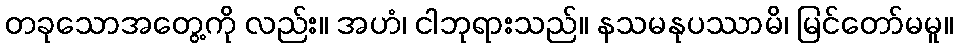
တခုသောအတွေ့ကို လည်း။ အဟံ၊ ငါဘုရားသည်။ နသမနုပဿာမိ၊ မြင်တော်မမူ။